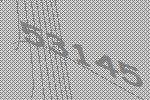
53145